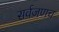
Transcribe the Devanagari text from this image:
सर्वजणच